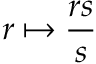
r \mapsto { \frac { r s } { s } }